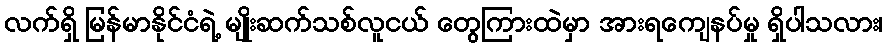
လက်ရှိ မြန်မာနိုင်ငံရဲ့ မျိုးဆက်သစ်လူငယ် တွေကြားထဲမှာ အားရကျေနပ်မှု ရှိပါသလား၊